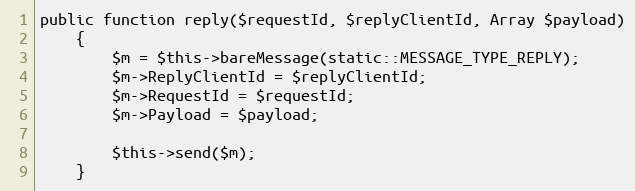
Language: PHP
public function reply($requestId, $replyClientId, Array $payload)
	{
		$m = $this->bareMessage(static::MESSAGE_TYPE_REPLY);
		$m->ReplyClientId = $replyClientId;
		$m->RequestId = $requestId;
		$m->Payload = $payload;

		$this->send($m);
	}